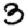
Digit: 3